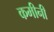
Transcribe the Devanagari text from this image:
कमीनी